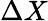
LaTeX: \Delta X